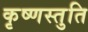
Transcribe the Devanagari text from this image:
कृष्णस्तुति